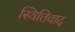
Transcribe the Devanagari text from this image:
स्थितिवाद